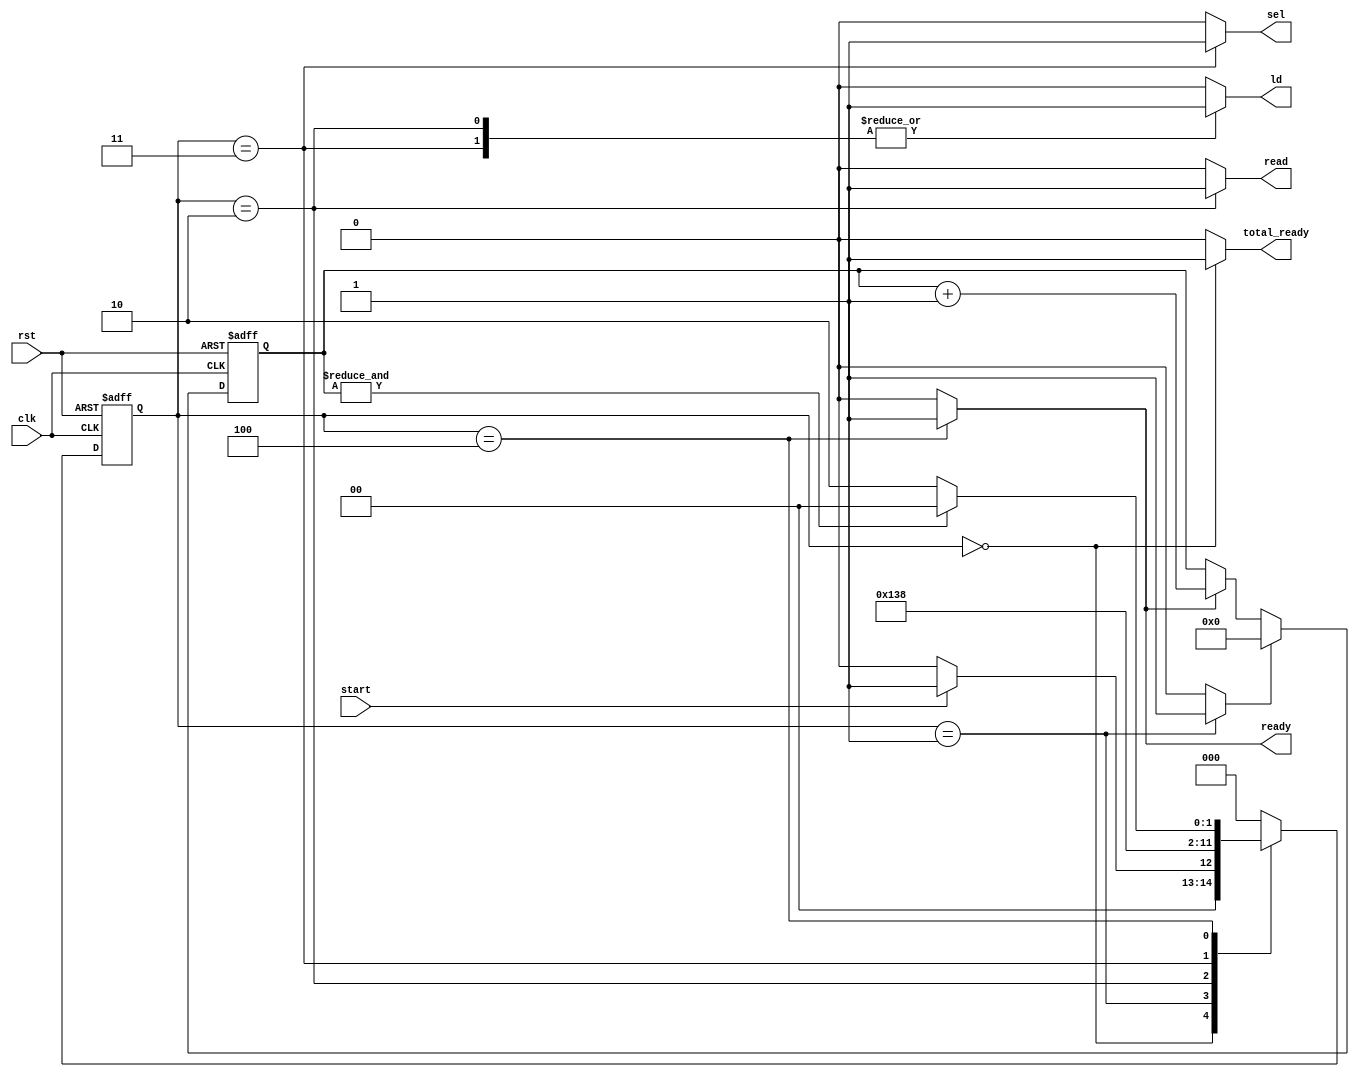
module CU (clk, rst, start, sel, ld, total_ready, ready, read);
	parameter [2:0] Idle = 0, Init = 1, Load = 2, Calc = 3, Ready = 4;

    input clk, rst, start;
	output reg sel, ld, total_ready, ready, read;
	
	wire co;
	reg [2:0] ps, ns;
    reg [5:0] count;
    reg counter_rst, inc_counter;

	always @(ps or co or start) begin
		ns = Idle;
		case(ps)
			Idle:  ns = (start) ? Init : Idle;
			Init:  ns = Load;
			Load:  ns = Calc;
			Calc:  ns = Ready;
			Ready: ns = (co) ? Idle : Load;
		endcase
	end

	always @(ps or co or start)begin
		{sel, ld, total_ready, ready, read, counter_rst, inc_counter} = 7'd0;
		case (ps)
			Idle: begin
				total_ready = 1'b1;
			end
			Init: begin
				counter_rst = 1'b1;
			end
			Load: begin
				sel = 1'b0;
				ld = 1'b1;
				read = 1'b1;
			end
			Calc: begin
				sel = 1'b1;
				ld = 1'b1;
			end
			Ready: begin
				ready = 1'b1;
				inc_counter = 1'b1;
			end
		endcase
	end

	always @(posedge clk or posedge rst) begin
		if (rst) begin
			ps <= Idle;
		end else begin
			ps <= ns;
		end
	end

    always @(posedge clk or posedge rst) begin
        if (rst) begin
            count <= 6'd0;
        end
        else begin
            if (counter_rst) begin
				count <= 6'd0;
			end
            else if (inc_counter) begin
				count <= count+1;
			end
		end
    end

    assign co = &count;
endmodule